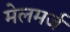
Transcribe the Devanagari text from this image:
मेलमर्ज